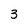
Character: 3